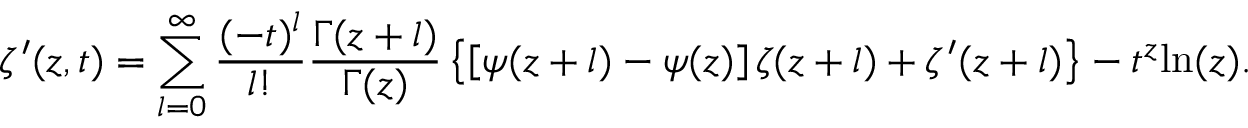
\zeta ^ { \prime } ( z , t ) = \sum _ { l = 0 } ^ { \infty } \frac { ( - t ) ^ { l } } { l ! } \frac { \Gamma ( z + l ) } { \Gamma ( z ) } \left\{ \left[ \psi ( z + l ) - \psi ( z ) \right] \zeta ( z + l ) + \zeta ^ { \prime } ( z + l ) \right\} - t ^ { z } \mathrm { l n } ( z ) .